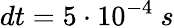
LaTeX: dt=5\cdot 10^{-4}\ s